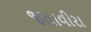
જતાવીરા